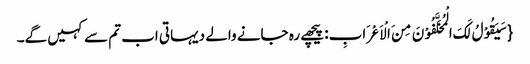
{سَیَقُوْلُ لَکَ الْمُخَلَّفُوْنَ مِنَ الْاَعْرَابِ: پیچھے رہ جانے والے دیہاتی اب تم سے کہیں گے۔